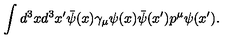
\int d ^ { 3 } x d ^ { 3 } x ^ { \prime } \bar { \psi } ( x ) \gamma _ { \mu } \psi ( x ) \bar { \psi } ( x ^ { \prime } ) p ^ { \mu } \psi ( x ^ { \prime } ) .